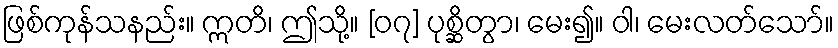
ဖြစ်ကုန်သနည်း။ ဣတိ၊ ဤသို့။ [၀၇] ပုစ္ဆိတွာ၊ မေး၍။ ဝါ၊ မေးလတ်သော်။